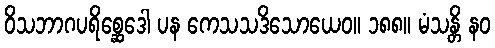
ဝိသဘာဂပရိစ္ဆေဒေါ ပန ကေသသဒိသောယေဝ။ ၁၈၈။ မံသန္တိ နဝ